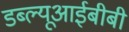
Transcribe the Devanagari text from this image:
डब्ल्यूआईबीबी